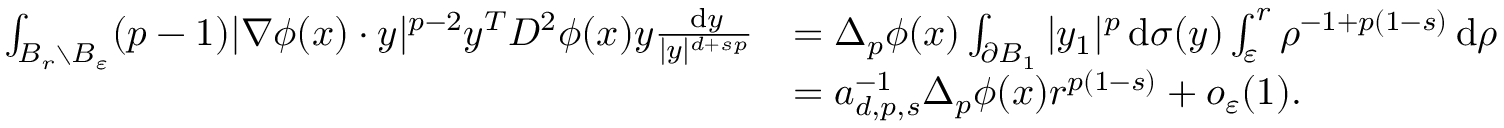
\begin{array} { r l } { \int _ { B _ { r } \setminus B _ { \varepsilon } } ( p - 1 ) | \nabla \phi ( x ) \cdot y | ^ { p - 2 } y ^ { T } D ^ { 2 } \phi ( x ) y \frac { \, \mathrm { d } y } { | y | ^ { d + s p } } } & { = \Delta _ { p } \phi ( x ) \int _ { \partial B _ { 1 } } | y _ { 1 } | ^ { p } \, \mathrm { d } \sigma ( y ) \int _ { \varepsilon } ^ { r } \rho ^ { - 1 + p ( 1 - s ) } \, \mathrm { d } \rho } \\ & { = a _ { d , p , s } ^ { - 1 } \Delta _ { p } \phi ( x ) r ^ { p ( 1 - s ) } + o _ { \varepsilon } ( 1 ) . } \end{array}